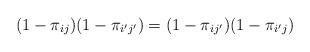
LaTeX: \begin{align*}(1-\pi_{ij})(1-\pi_{i'j'}) = (1-\pi_{ij'})(1-\pi_{i'j})\end{align*}